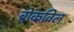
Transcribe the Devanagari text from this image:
ब्रोकविल